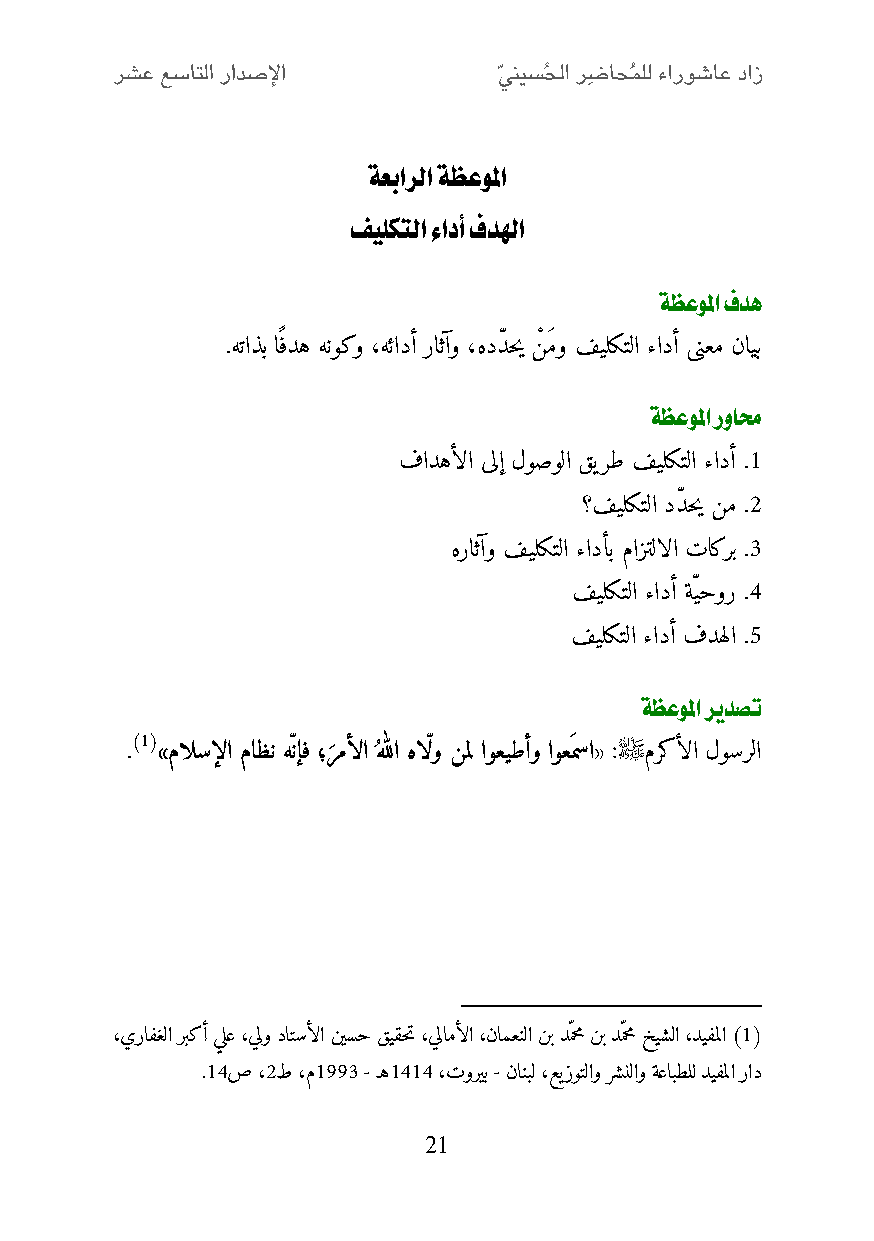
ةعبارلا ةظعولما
 فيلكتلا ءادأ فدلها
 ةظعولما فده
 .هتاذب اًفده هنوكو ،هئادأ راثآو ،هددّ حي نْ َمو فيلكتلا ءادأ ىنعم نايب
 ةظعولما روامح
 فادهألا ىلإ لوصولا قيرط فيلكتلا ءادأ .2
 ؟فيلكتلا ددّ حي نم .0
 هراثآو فيلكتلا ءادأب مازتلالا تاكرب .1
 فيلكتلا ءادأ ةّيحور .4
 فيلكتلا ءادأ فدهلا .0
 ةظعولما ريدصت
 )1(                             
 . »مالسإلا ماظن ه نإف ؛رمألا هللا ها لو نمل اوعيطأو اوعَمسا« : مركألا لوسرلا
 َ
 ،يرافغلا ربكأ يلع ،يلو داتسألا نيسح قيقحت ،يلامألا ،نامعنلا نب دّمحم نب دّمحم خيشلا ،ديفملا )1(
 .24ص ،0ط ،م2551 - ـه2424 ،توريب - نانبل ،عيزوتلاو رشنلاو ةعابطلل ديفملا راد
 21